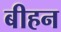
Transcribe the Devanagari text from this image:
बीहन